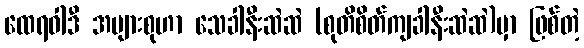
ထေရဝါဒီ အများစုဟာ သေခါနီးဆဲဆဲ (စုတိစိတ်ကျခါနီးဆဲဆဲ)မှာ ဖြစ်တဲ့